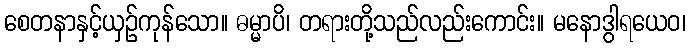
စေတနာနှင့်ယှဉ်ကုန်သော။ ဓမ္မာပိ၊ တရားတို့သည်လည်းကောင်း။ မနောဒွါရယေဝ၊